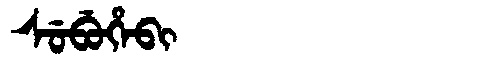
Manchu: ᠰᡠᠪᡠᡥᡝᠪᡳ
Romanization: SUBUHEBI